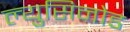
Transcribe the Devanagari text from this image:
ल्युसिनोड